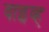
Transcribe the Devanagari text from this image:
वाइव्ह